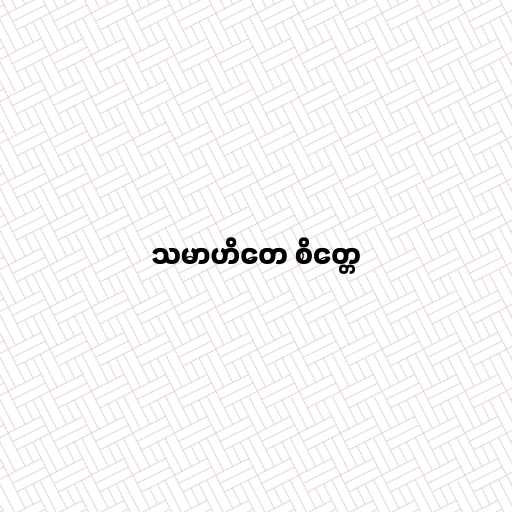
သမာဟိတေ စိတ္တေ